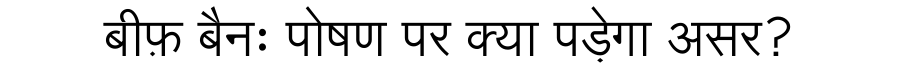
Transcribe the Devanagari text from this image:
बीफ़ बैनः पोषण पर क्या पड़ेगा असर?